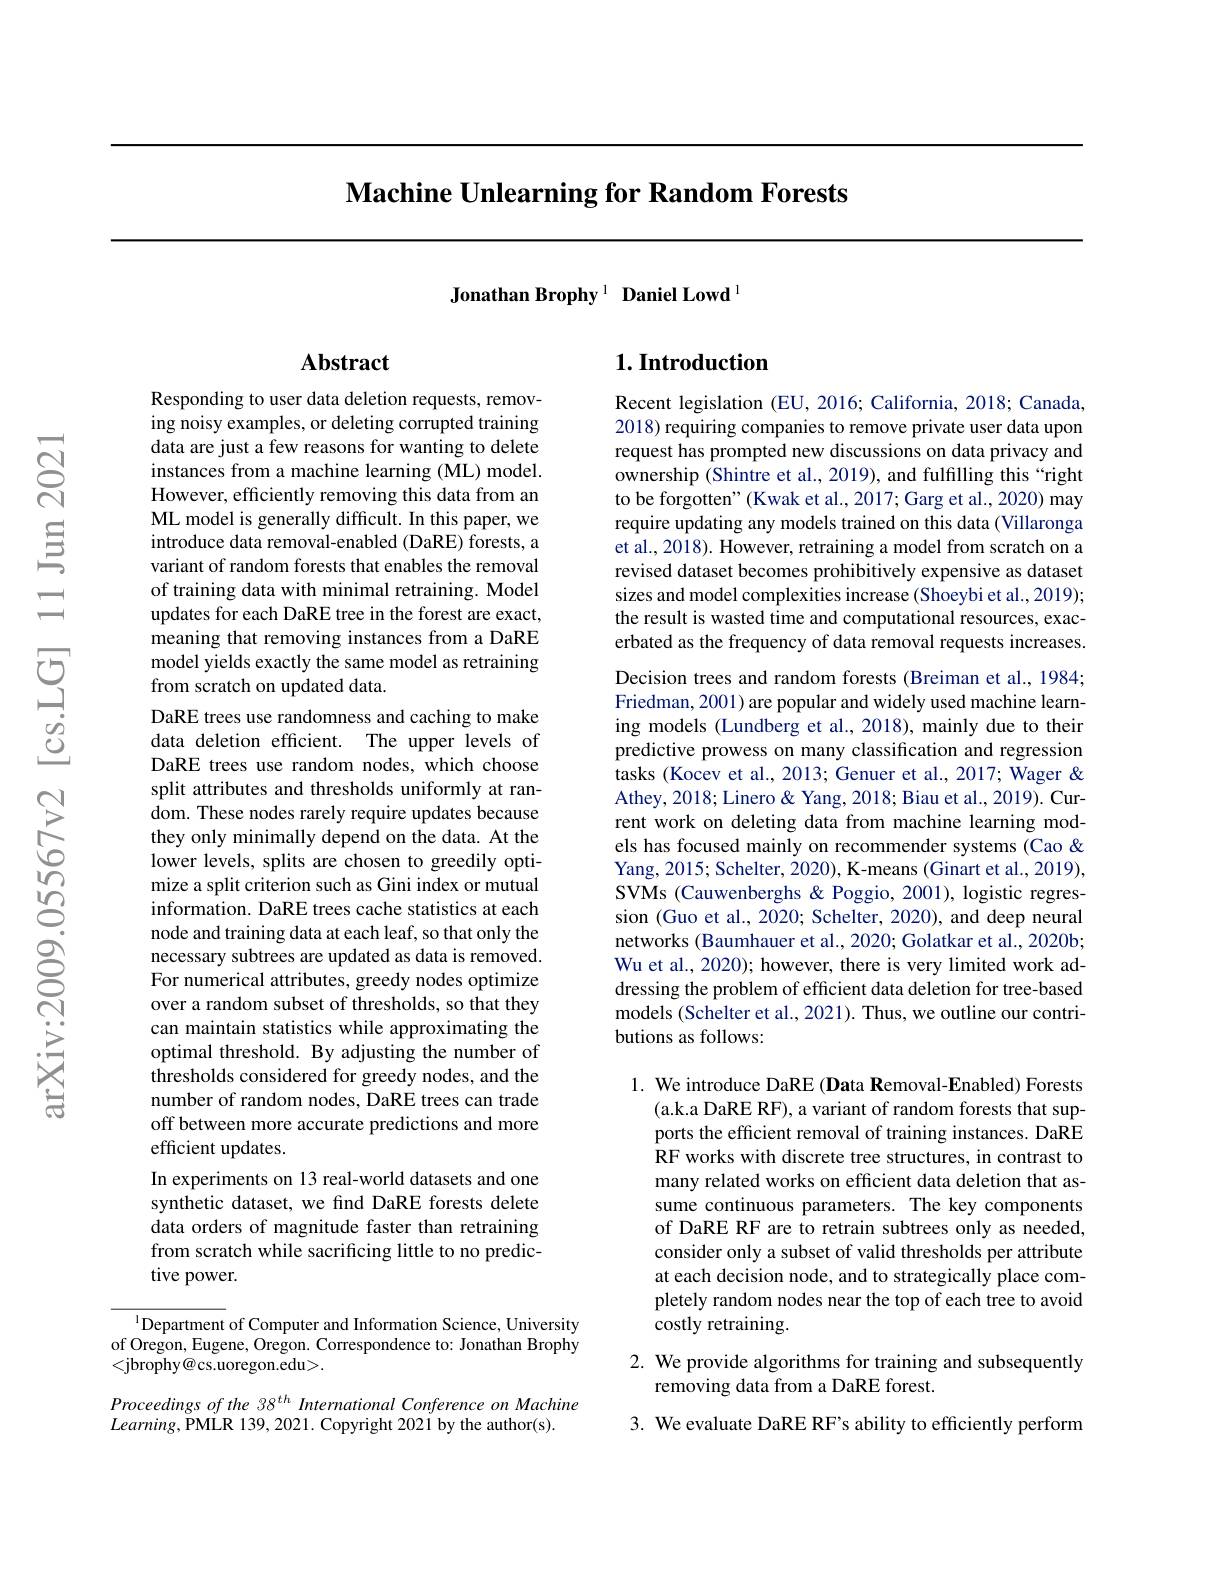
$\textbf{Machine Unlearning for Random Forests}$

Jonathan Brophy$^{1}\textbf{Daniel Lowd}^{1}$

### $1. \textbf{Introduction}$

## Abstract

Responding to user data deletion requests, removing noisy examples, or deleting corrupted training data are just a few reasons for wanting to delete instances from a machine learning (ML) model. However, efficiently removing this data from an ML model is generally difficult. In this paper, we introduce data removal-enabled (DaRE) forests, a variant of random forests that enables the removal of training data with minimal retraining. Model updates for each DaRE tree in the forest are exact, meaning that removing instances from a DaRE model yields exactly the same model as retraining from scratch on updated data.
DaRE trees use randomness and caching to make data deletion efficient. The upper levels of DaRE trees use random nodes, which choose split attributes and thresholds uniformly at random. These nodes rarely require updates because they only minimally depend on the data. At the lower levels, splits are chosen to greedily optimize a split criterion such as Gini index or mutual information. DaRE trees cache statistics at each node and training data at each leaf, so that only the necessary subtrees are updated as data is removed. For numerical attributes, greedy nodes optimize over a random subset of thresholds, so that they can maintain statistics while approximating the optimal threshold. By adjusting the number of thresholds considered for greedy nodes, and the number of random nodes, DaRE trees can trade off between more accurate predictions and more efficient updates.
In experiments on 13 real-world datasets and one synthetic dataset, we find DaRE forests delete data orders of magnitude faster than retraining from scratch while sacrificing little to no predictive power.

$^{1}$Department of Computer and Information Science, University of Oregon, Eugene, Oregon. Correspondence to: Jonathan Brophy <jbrophy@cs.uoregon.edu>.

Proceedings of the 38 th International Conference on Machine
$Learning$,PMLR 139, 2021. Copyright 2021 by the author(s).

Recent legislation (EU, 2016; California, 2018; Canada, 2018) requiring companies to remove private user data upon request has prompted new discussions on data privacy and ownership (Shintre et al., 2019), and fulfilling this “right to be forgotten" (Kwak et al., 2017; Garg et al., 2020) may require updating any models trained on this data (Villaronga et al., 2018). However, retraining a model from scratch on a revised dataset becomes prohibitively expensive as dataset sizes and model complexities increase (Shoeybi et al., 2019); the result is wasted time and computational resources, exacerbated as the frequency of data removal requests increases. Decision trees and random forests (Breiman et al., 1984; Friedman, 2001) are popular and widely used machine learning models (Lundberg et al., 2018), mainly due to their predictive prowess on many classification and regression tasks (Kocev et al., 2013; Genuer et al., 2017; Wager & Athey, 2018; Linero & Yang, 2018; Biau et al., 2019). Current work on deleting data from machine learning models has focused mainly on recommender systems (Cao & Yang, 2015; Schelter, 2020), K-means (Ginart et al., 2019), SVMs (Cauwenberghs & Poggio, 2001), logistic regression (Guo et al., 2020; Schelter, 2020), and deep neural networks (Baumhauer et al., 2020; Golatkar et al., 2020b; Wu et al., 2020); however, there is very limited work addressing the problem of efficient data deletion for tree-based models (Schelter et al., 2021). Thus, we outline our contributions as follows:

1. We introduce DaRE (Data Removal-Enabled) Forests
(a.k.a DaRE RF), a variant of random forests that supports the efficient removal of training instances. DaRE RF works with discrete tree structures, in contrast to many related works on efficient data deletion that assume continuous parameters. The key components of DaRE RF are to retrain subtrees only as needed, consider only a subset of valid thresholds per attribute at each decision node, and to strategically place completely random nodes near the top of each tree to avoid costly retraining.

# 2. We provide algorithms for training and subsequently removing data from a DaRE forest.

3. We evaluate DaRE RF's ability to efficiently perform